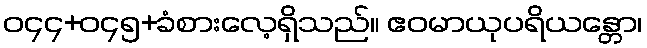
ဝ၄၄+ဝ၄၅+ခံစားလေ့ရှိသည်။ ဧဝမာယုပရိယန္တော၊